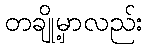
တချို့မှာလည်း